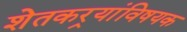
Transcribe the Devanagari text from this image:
शेतकर्‍यांविषयक